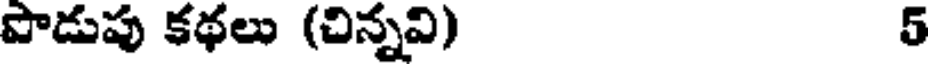
పొడుపు కథలు (చిన్నవి) 5